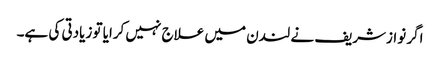
اگر نوازشریف نے لندن میں علاج نہیں کرایا تو زیادتی کی ہے۔